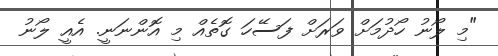
"މި ލޯނު ހޯދުމަށް ވަރަށް ފަސޭހަ ގޮތެއް މި އޮންނަނީ. އެއީ ލޯނު